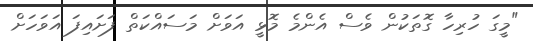
"މީގަ ހުރިހާ ގޮތަކުން ވެސް އެންމެ މޮޅީ އަވަށް މަސައްކަތް ފަށައިފަ އަަވަހަށް